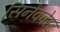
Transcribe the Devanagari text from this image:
सिनेक्वेस्ट